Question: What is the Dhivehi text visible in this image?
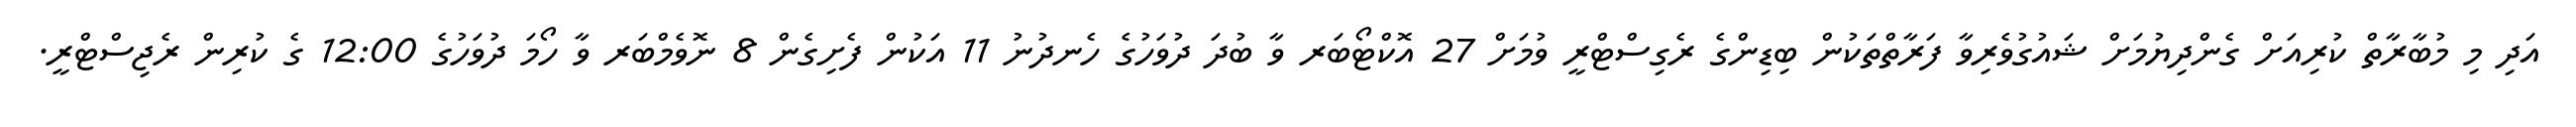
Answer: އަދި މި މުބާރާތް ކުރިއަށް ގެންދިޔުމަށް ޝައުގުވެރިވާ ފަރާތްތަކުން ބިޑިންގެ ރެގިސްޓްރީ ވުމަށް 27 އޮކްޓޯބަރ ވާ ބުދަ ދުވަހުގެ ހެނދުނު 11 އަކުން ފެށިގެން 8 ނޮވެމްބަރ ވާ ހޯމަ ދުވަހުގެ 12:00 ގެ ކުރިން ރެޖިސްޓްރީ.